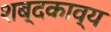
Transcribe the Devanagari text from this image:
शब्दकाव्य